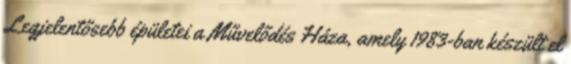
Legjelentősebb épületei a Művelődés Háza, amely 1983-ban készült el